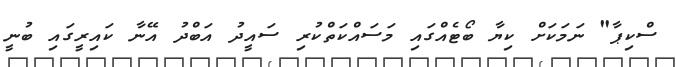
ސްކިޕާ" ނަމަކަށް ކިޔާ ބޯޓެއްގައި މަސައްކަތްކުރި ސައީދު އަބްދު އޭނާ ކައިރީގައި ބުނީ